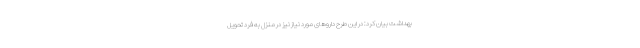
بهداشت بیان کرد: در این طرح داروهای مورد نیاز نیز در منزل به فرد تحویل